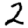
Digit: 2